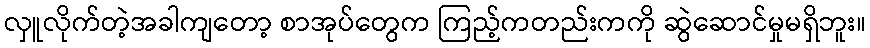
လှူလိုက်တဲ့အခါကျတော့ စာအုပ်တွေက ကြည့်ကတည်းကကို ဆွဲဆောင်မှုမရှိဘူး။